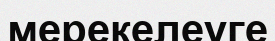
мерекелеуге